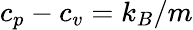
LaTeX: c_{p}-c_{v}=k_{B}/m